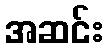
အဆင်း